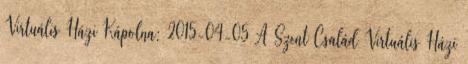
Virtuális Házi Kápolna: 2015-04-05 A Szent Család Virtuális Házi